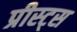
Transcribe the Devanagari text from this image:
प्रीस्ट्स